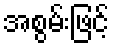
အစွမ်းဖြင့်